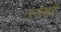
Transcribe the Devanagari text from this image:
स्लेव्हरी